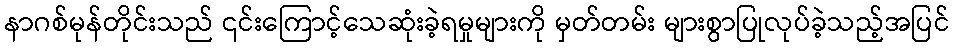
နာဂစ်မုန်တိုင်းသည် ၎င်းကြောင့်သေဆုံးခဲ့ရမှုများကို မှတ်တမ်း များစွာပြုလုပ်ခဲ့သည့်အပြင်